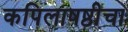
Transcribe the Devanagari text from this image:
कपिलाषष्ठीचा